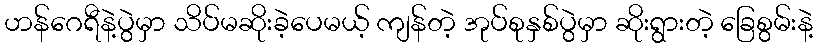
ဟန်ဂေရီနဲ့ပွဲမှာ သိပ်မဆိုးခဲ့ပေမယ့် ကျန်တဲ့ အုပ်စုနှစ်ပွဲမှာ ဆိုးရွားတဲ့ ခြေစွမ်းနဲ့